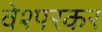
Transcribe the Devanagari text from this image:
वेश्परकर